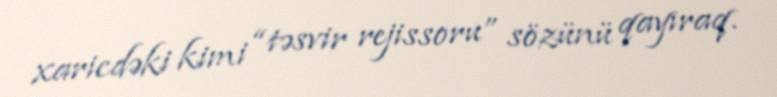
xaricdəki kimi “təsvir rejissoru” sözünü qayıraq.